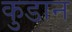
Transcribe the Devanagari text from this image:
कुडान